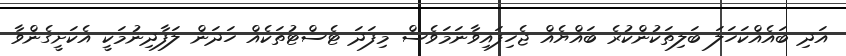
އަދި ބައެއްކަހަލަ ބަލިތަކުންކުރެ ބައްޔެއް ޖެހިފައިވާނަމަވެސް މިފަދަ ޓެސްޓުތަކެއް ހަދަން ލަފާދިނުމަކީ އެކަށީގެންވާ